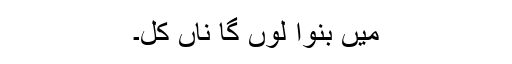
میں بنوا لوں گا ناں کل۔